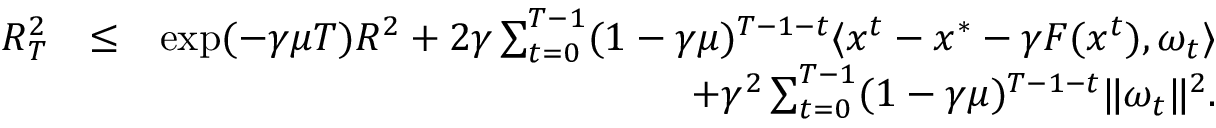
\begin{array} { r l r } { R _ { T } ^ { 2 } } & { \leq } & { \exp ( - \gamma \mu T ) R ^ { 2 } + 2 \gamma \sum _ { t = 0 } ^ { T - 1 } ( 1 - \gamma \mu ) ^ { T - 1 - t } \langle x ^ { t } - x ^ { * } - \gamma F ( x ^ { t } ) , \omega _ { t } \rangle } \\ & { } & { \quad + \gamma ^ { 2 } \sum _ { t = 0 } ^ { T - 1 } ( 1 - \gamma \mu ) ^ { T - 1 - t } \| \omega _ { t } \| ^ { 2 } . } \end{array}